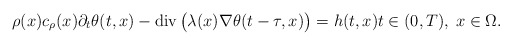
\begin{align*} \rho(x) c_{\rho}(x) \partial_{t} \theta(t, x) - \mathrm{div}\, \big(\lambda(x) \nabla \theta(t - \tau, x)\big) = h(t, x) t \in (0, T), \; x \in \Omega. \end{align*}